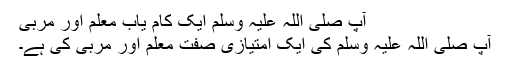
آپ صلی اللہ علیہ وَسلم ایک کام یاب معلم اور مربی
آپ صلی اللہ علیہ وَسلم کی ایک امتیازی صفت معلم اور مربی کی ہے۔